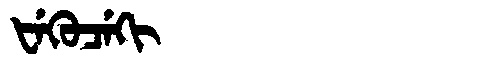
Manchu: ᡶᡝᡴᡠᠴᡝᡴᡳ
Romanization: FEKUCEKI